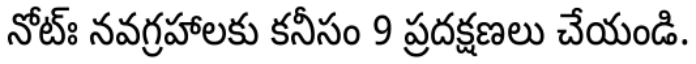
నోట్ః నవగ్రహాలకు కనీసం 9 ప్రదక్షణలు చేయండి.